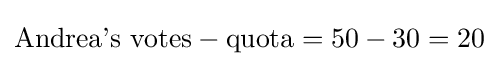
{\rm {\mbox{Andrea's votes}}}-{\rm {\mbox{quota}}}=50-30=20